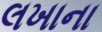
લખાના